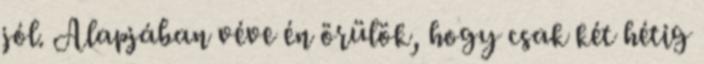
jól. Alapjában véve én örülök, hogy csak két hétig